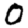
Digit: 0